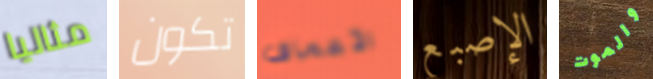
مثاليا تكون الأعماق الإصبع والموت